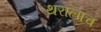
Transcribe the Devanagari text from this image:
थरालाच